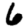
Digit: 6